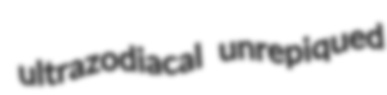
ultrazodiacal unrepiqued